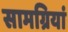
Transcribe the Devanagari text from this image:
सामग्रियां